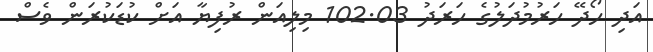
އަދި ހޯދޭ ހަރުމުދަލުގެ ހަރަދު 102.03 މިލިއަން ރުފިޔާ އަށް ކުޑަކުރަން ވެސް